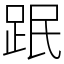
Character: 䟨